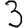
Digit: 3